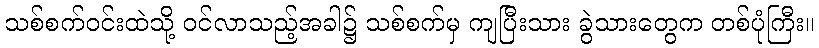
သစ်စက်ဝင်းထဲသို့ ဝင်လာသည့်အခါ၌ သစ်စက်မှ ကျပြီးသား ခွဲသားတွေက တစ်ပုံကြီး။